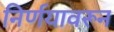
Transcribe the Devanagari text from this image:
निर्णयावरून